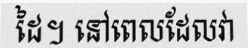
ដៃ។ នៅពេលដែលវា